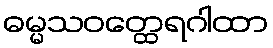
ဓမ္မသဝတ္ထေရဂါထာ